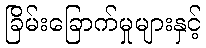
ခြိမ်းခြောက်မှုများနှင့်